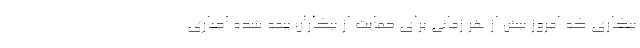
بیکاری که امروز بیش از هر زمانی برای حمایت از بیکاران بیمه شده اجباری